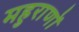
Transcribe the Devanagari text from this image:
महुराणों